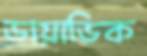
ডায়াডিক